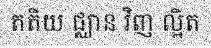
តតិយ ជ្ឈាន វិញ ល្អិត